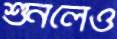
শুনলেও